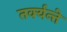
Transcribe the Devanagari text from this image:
तर्क्यन्ते